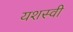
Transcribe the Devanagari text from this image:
यशस्‍वी